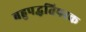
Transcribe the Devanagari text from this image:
बहुपद्धतिपरक